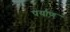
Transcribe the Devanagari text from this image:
पर्याण